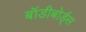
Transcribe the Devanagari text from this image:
बॉडीबोर्ड्स